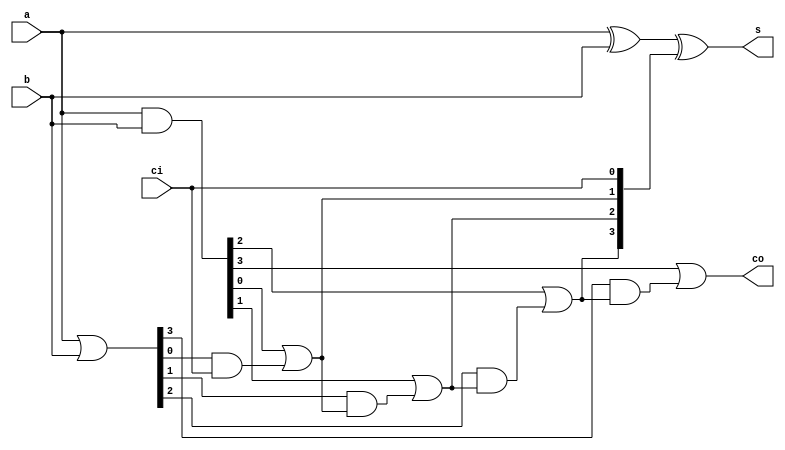
`ifndef CLA_NBIT_V_
`define CLA_NBIT_V_

`timescale 1ns / 1ps

// Carry Look-ahead adder (CLA)
// delay implications
// https://www.edaplayground.com/x/4SU9
module cla_nbit #(
  parameter n = 4
) (
  input   [n-1:0] a,
  input   [n-1:0] b,
  input           ci,
  output  [n-1:0] s,
  output          co
);

  wire [n-1:0] g;
  wire [n-1:0] p;

  /* verilator lint_off UNOPTFLAT */
  wire [  n:0] c;
  /* verilator lint_on  UNOPTFLAT */

  assign c[0] = ci;
  assign co   = c[n];

  assign g[n - 1:0] = a[n - 1 : 0] & b[n - 1:0];
  assign p[n - 1:0] = a[n - 1 : 0] | b[n - 1:0];
  assign s[n - 1:0] = a[n - 1 : 0] ^ b[n - 1:0] ^ c[n - 1 : 0];

  genvar i;  /* i - generate index variable */

  generate
    for (i = 0; i < n; i = i + 1) begin : addbit
      // https://www.embecosm.com/appnotes/ean6/html/ch07s02s07.html
      assign c[i + 1] = g[i] | (p[i] & c[i]);
    end
  endgenerate
  
endmodule
`endif